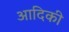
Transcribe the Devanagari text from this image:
आदिकी